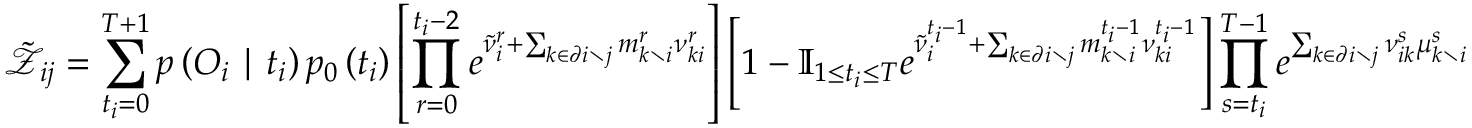
\tilde { \mathcal { Z } } _ { i j } = \sum _ { t _ { i } = 0 } ^ { T + 1 } p \left( \boldsymbol { O } _ { i } \mid t _ { i } \right) p _ { 0 } \left( t _ { i } \right) \left[ \prod _ { r = 0 } ^ { t _ { i } - 2 } e ^ { \tilde { \nu } _ { i } ^ { r } + \sum _ { k \in \partial i \setminus j } m _ { k \setminus i } ^ { r } \nu _ { k i } ^ { r } } \right] \left[ 1 - \mathbb { I } _ { 1 \leq t _ { i } \leq T } e ^ { \tilde { \nu } _ { i } ^ { t _ { i } - 1 } + \sum _ { k \in \partial i \setminus j } m _ { k \setminus i } ^ { t _ { i } - 1 } \nu _ { k i } ^ { t _ { i } - 1 } } \right] \prod _ { s = t _ { i } } ^ { T - 1 } e ^ { \sum _ { k \in \partial i \setminus j } \nu _ { i k } ^ { s } \mu _ { k \setminus i } ^ { s } }